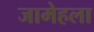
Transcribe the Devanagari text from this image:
जामेहला